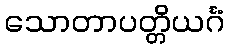
သောတာပတ္တိယင်္ဂံ